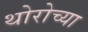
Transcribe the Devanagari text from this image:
थोरोच्या